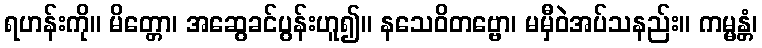
ရဟန်းကို။ မိတ္တော၊ အဆွေခင်ပွန်းဟူ၍။ နသေဝိတဗ္ဗော၊ မမှီဝဲအပ်သနည်း။ ကမ္မန္တံ၊